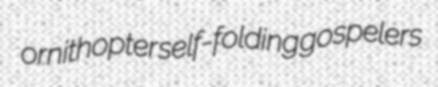
ornithopter self-folding gospelers